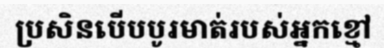
ប្រសិនបើបបូរមាត់របស់អ្នកខ្មៅ